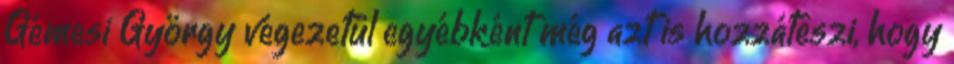
Gémesi György végezetül egyébként még azt is hozzáteszi, hogy